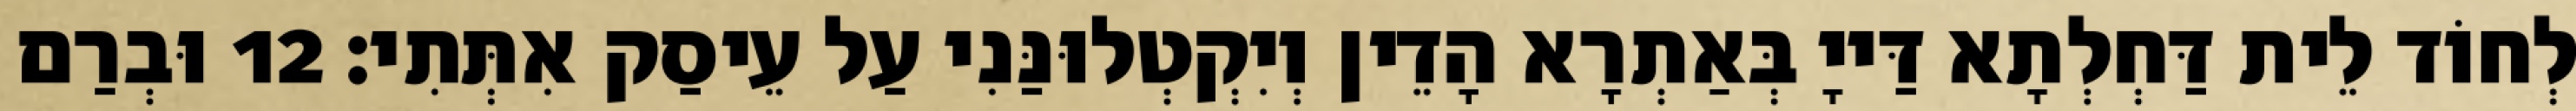
לְחוֹד לֵית דַּחְלְתָא דַּייָ בְּאַתְרָא הָדֵין וְיִקְטְלוּנַּנִי עַל עֵיסַק אִתְּתִי׃ 12 וּבְרַם